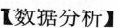
【数据分析】